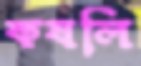
কষলি